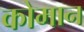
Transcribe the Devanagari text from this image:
कोमान